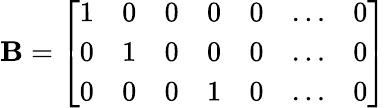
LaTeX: \mathbf{B}={\left[\begin{array}{lllllll}{1}&{0}&{0}&{0}&{0}&{\ldots}&{0}\\ {0}&{1}&{0}&{0}&{0}&{\ldots}&{0}\\ {0}&{0}&{0}&{1}&{0}&{\ldots}&{0}\end{array}\right]}